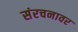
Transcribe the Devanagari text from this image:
संरचनावर